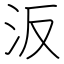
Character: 汳